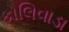
કોલિવાડા